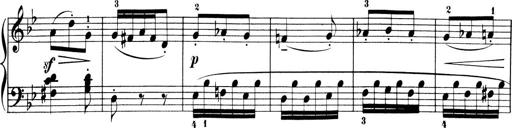
Title: 6 Piano Sonatinas
Composer: Cornelius Gurlitt